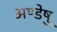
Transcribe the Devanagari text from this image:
अण्डेषु